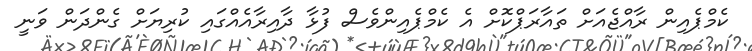
ކެމްޕެއިން ރާއްޖެއަށް ތައާރަޕްކޮށް އެ ކެމްޕެއިންވެސް ފުޅާ ދާއިރާއެއްގައި ކުރިޔަށް ގެންދަން ވަނީ